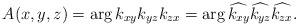
LaTeX: \begin{align*}A(x,y,z)=\arg k_{xy}k_{yz}k_{zx}=\arg\widehat{k_{xy}}\widehat{k_{yz}}\widehat{k_{zx}}. \end{align*}